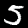
Digit: 5